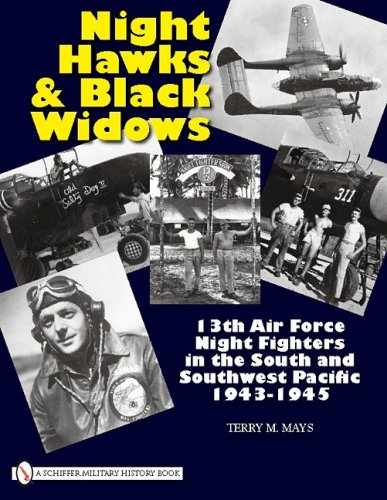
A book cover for Night Hawks and Black Widows: 13th Air Force Night Fighters in the South; Terry M. Mays; History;